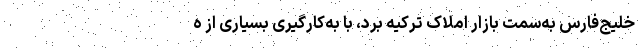
خلیج‌فارس به‌سمت بازار املاک ترکیه برد، با به‌کارگیری بسیاری از ه